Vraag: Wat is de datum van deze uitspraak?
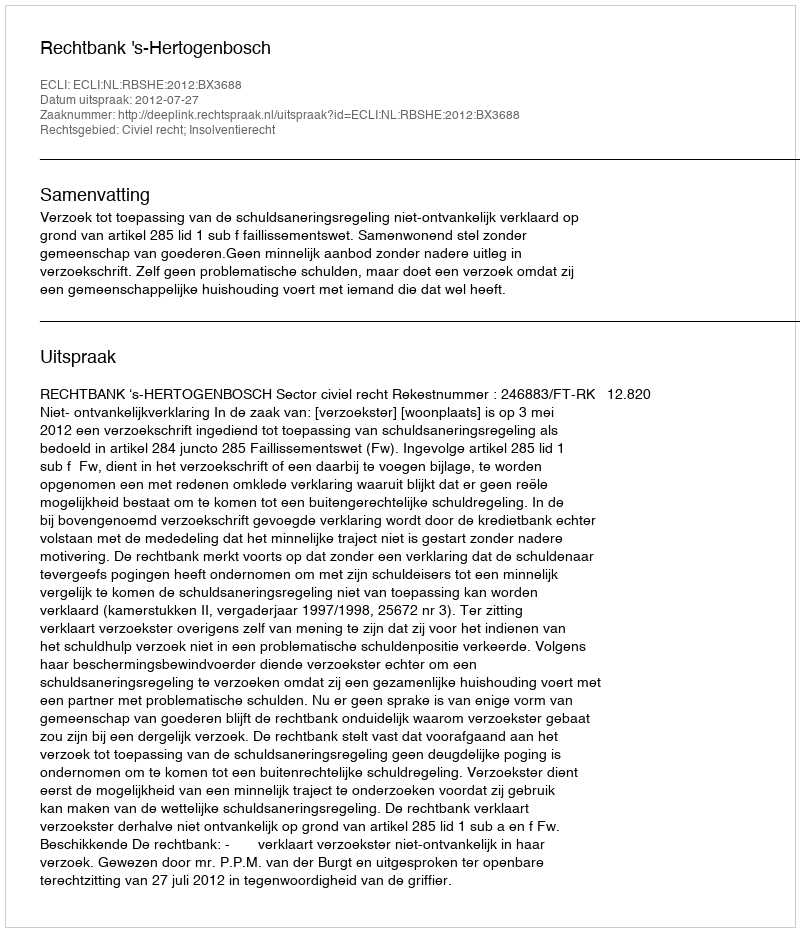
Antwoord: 2012-07-27